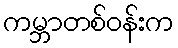
ကမ္ဘာတစ်ဝန်းက